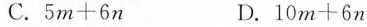
C.$$5 m + 6 n$$ D.$$1 0 m + 6 n$$